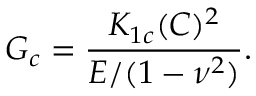
G _ { c } = \frac { K _ { 1 c } ( C ) ^ { 2 } } { E / ( 1 - \nu ^ { 2 } ) } .